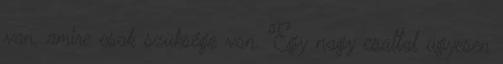
van, amire csak szüksége van. Egy nagy csattal ügyesen